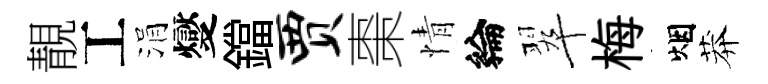
靚工涓燮鐺贾棗情綸翠梅烟莽